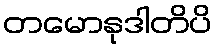
တမောနုဒါတိပိ